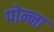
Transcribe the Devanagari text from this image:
पोन्ना